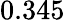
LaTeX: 0.345